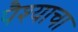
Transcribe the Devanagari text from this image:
पैश्याचा